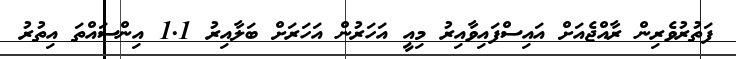
ފަތުރުވެރިން ރާއްޖެއަށް އައިސްފައިވާއިރު މިއީ އަހަރުން އަހަރަށް ބަލާއިރު 1.1 އިންސައްތަ އިތުރު